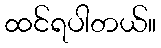
ထင်ရပါတယ်။